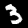
Label: 3